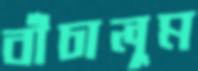
বাঁচালুম